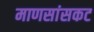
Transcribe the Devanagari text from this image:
माणसांसकट